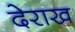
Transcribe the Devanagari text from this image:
देराख